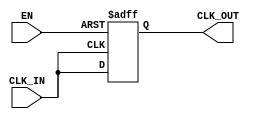
module basic_clock_buffer (
    input wire CLK_IN,      // Input clock signal
    input wire EN,         // Enable signal
    output reg CLK_OUT      // Buffered clock output
);

// Internal signal to hold the buffered clock
reg buffered_clk;

// Always block to handle clock buffering
always @(posedge CLK_IN or negedge EN) begin
    if (!EN) begin
        // When EN is low, hold the output in a defined state (low)
        CLK_OUT <= 1'b0;
    end else begin
        // When EN is high, pass the input clock to the output
        CLK_OUT <= CLK_IN;
    end
end

endmodule